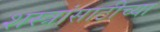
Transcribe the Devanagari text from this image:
शस्त्रांसाठीच्या